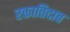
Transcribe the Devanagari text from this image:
रक्तातिदाब